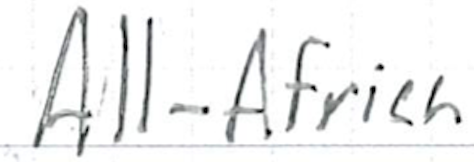
Text: All-Africa
Cross-out: clean
Writing tool: ballpoint